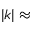
| k | \approx